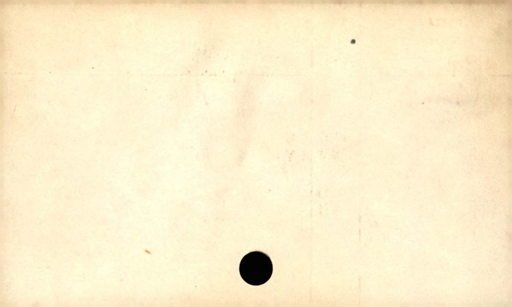
Label: blank